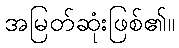
အမြတ်ဆုံးဖြစ်၏။